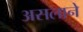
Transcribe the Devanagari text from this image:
असलाने